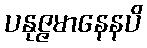
ပနုဇ္ဇမာနေနပိ